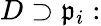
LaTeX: D\supset{\mathfrak{p}}_{i}: